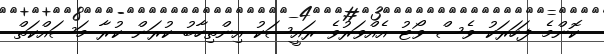
ކޮންމެ ފަހަރަކު ވެސް ވޯޓު އެއްވަރުވެ ރައީސަކު އިންތިހާބު ކުރަން ކުރާ މަސައްކަތް